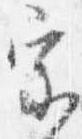
宗